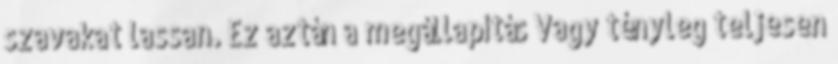
szavakat lassan. Ez aztán a megállapítás Vagy tényleg teljesen